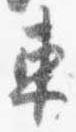
東